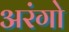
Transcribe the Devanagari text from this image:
अरंगो